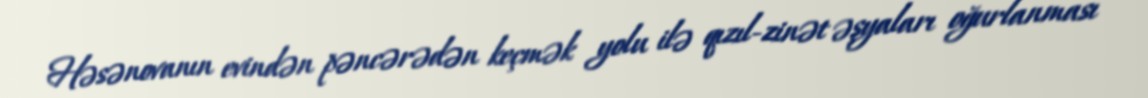
Həsənovanın evindən pəncərədən keçmək yolu ilə qızıl-zinət əşyaları oğurlanması